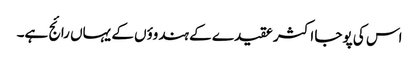
اس کی پوجا اکثر عقیدے کے ہندوؤں کے یہاں رائج ہے۔